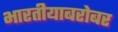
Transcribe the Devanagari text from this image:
भारतीयाबरोबर